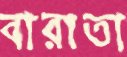
বারাতা